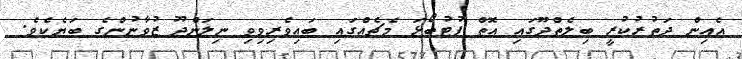
އެއިން ދަތުރުކުރީ ބިލެތްދޫގައި އޮތް ފުޓުބޯޅަ މެޗެއްގައި ބައިވެރިވިވި ނިލަންދޫ ޒުވާނުންގެ ބަޔެކެވެ.